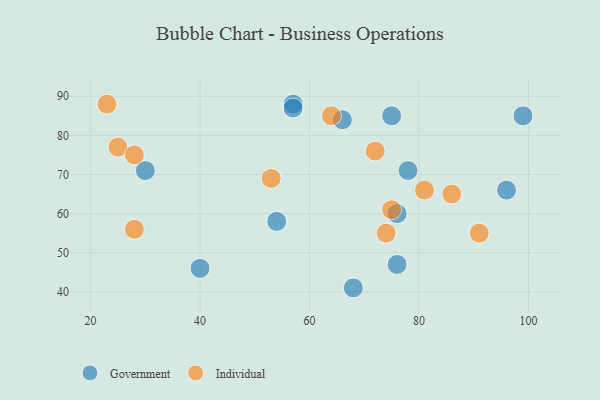
{"axis": {"x": "GDP", "y": "Life Expectancy"}, "legend": ["Government", "Individual"], "data": [{"x": "68", "y": 41, "type": "Government"}, {"x": "78", "y": 71, "type": "Government"}, {"x": "96", "y": 66, "type": "Government"}, {"x": "99", "y": 85, "type": "Government"}, {"x": "54", "y": 58, "type": "Government"}, {"x": "76", "y": 47, "type": "Government"}, {"x": "57", "y": 88, "type": "Government"}, {"x": "30", "y": 71, "type": "Government"}, {"x": "76", "y": 60, "type": "Government"}, {"x": "40", "y": 46, "type": "Government"}, {"x": "66", "y": 84, "type": "Government"}, {"x": "75", "y": 85, "type": "Government"}, {"x": "57", "y": 87, "type": "Government"}, {"x": "86", "y": 65, "type": "Individual"}, {"x": "25", "y": 77, "type": "Individual"}, {"x": "72", "y": 76, "type": "Individual"}, {"x": "23", "y": 88, "type": "Individual"}, {"x": "28", "y": 75, "type": "Individual"}, {"x": "91", "y": 55, "type": "Individual"}, {"x": "53", "y": 69, "type": "Individual"}, {"x": "28", "y": 56, "type": "Individual"}, {"x": "81", "y": 66, "type": "Individual"}, {"x": "64", "y": 85, "type": "Individual"}, {"x": "75", "y": 61, "type": "Individual"}, {"x": "74", "y": 55, "type": "Individual"}]}